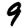
Digit: 9